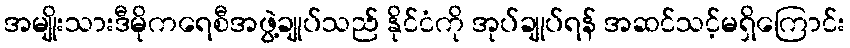
အမျိုးသားဒီမိုကရေစီအဖွဲ့ချုပ်သည် နိုင်ငံကို အုပ်ချုပ်ရန် အဆင်သင့်မရှိကြောင်း